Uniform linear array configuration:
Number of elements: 32
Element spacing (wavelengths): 0.5
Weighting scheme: hamming
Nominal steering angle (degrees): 45
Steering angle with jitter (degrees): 44.849
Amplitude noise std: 0.05
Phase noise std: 0.05

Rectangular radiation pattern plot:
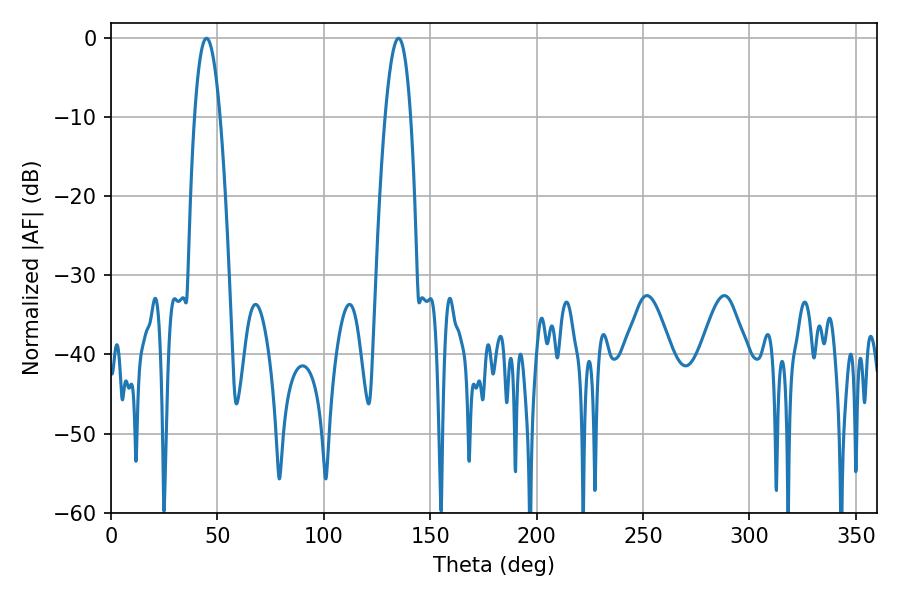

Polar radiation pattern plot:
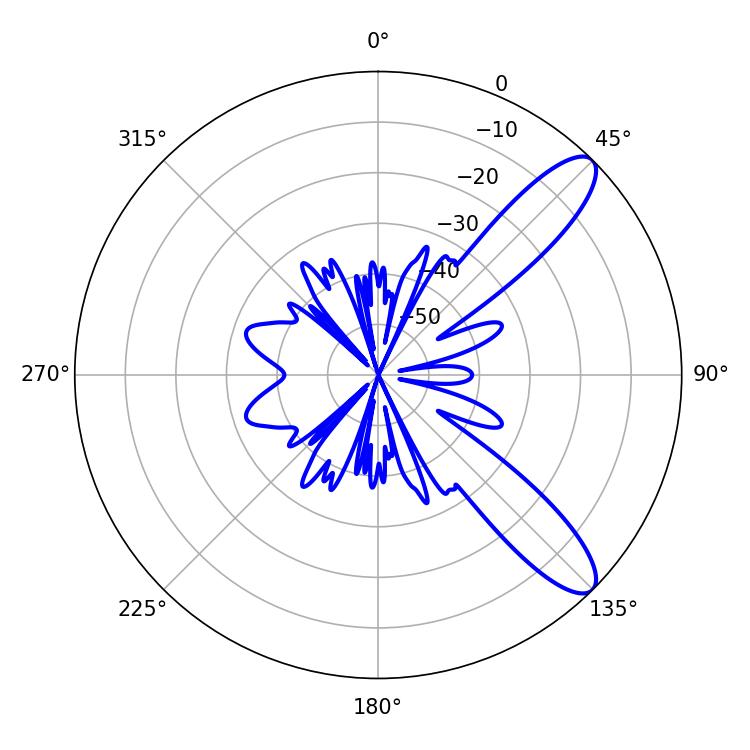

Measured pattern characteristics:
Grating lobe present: FALSE
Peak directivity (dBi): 10.564
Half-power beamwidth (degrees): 6.48
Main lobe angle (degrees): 44.82